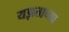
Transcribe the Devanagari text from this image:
यझताच्या